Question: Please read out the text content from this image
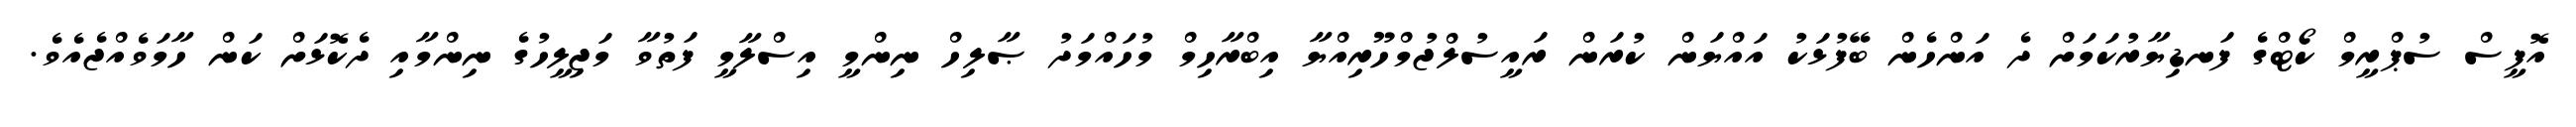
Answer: އޮފީސް ސުޕްރީމް ކޯޓްގެ ފަނޑިޔާރުކަމަށް ދެ އަންހެން ބޭފުޅަކު އައްޔަން ކުރަން ރައީސުލްޖުމްހޫރިއްޔާ އިބްރާހިމް މުހައްމަދު ޞާލިހް ނިންމީ އިސްލާމީ ފަތުވާ މަޖިލީހުގެ ނިންމާއި ދެކޮޅަށް ކަން ހާމަވެއްޖެއެވެ.